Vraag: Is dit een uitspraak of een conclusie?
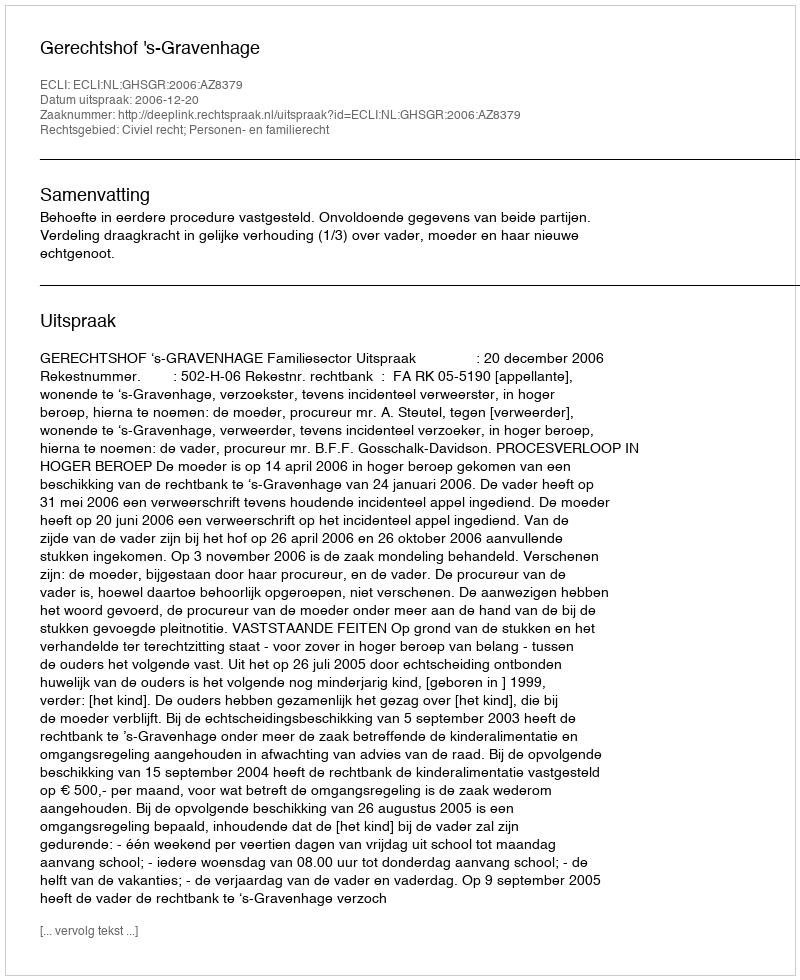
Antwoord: Uitspraak